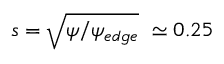
s = \sqrt { \psi / \psi _ { e d g e } } ~ \simeq 0 . 2 5